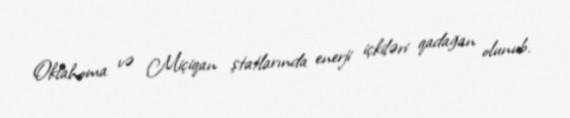
Oklahoma və Miçiqan ştatlarında enerji içkiləri qadağan olunub.